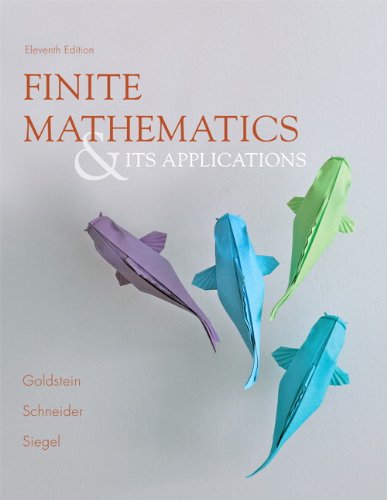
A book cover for Finite Mathematics & Its Applications (11th Edition); Larry J. Goldstein; Science & Math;